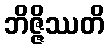
ဘိဇ္ဇိဿတိ